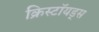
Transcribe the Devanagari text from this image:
क्रिस्टॉयड्स